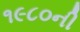
૧૯૮૦ની